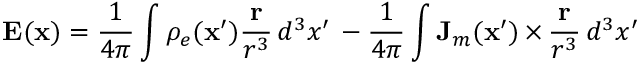
\mathbf { E } ( \mathbf { x } ) = \frac { 1 } { 4 \pi } \int \rho _ { e } ( \mathbf { x } ^ { \prime } ) \frac { \mathbf { r } } { r ^ { 3 } } \, d ^ { 3 } x ^ { \prime } \, - \frac { 1 } { 4 \pi } \int \mathbf { J } _ { m } ( \mathbf { x } ^ { \prime } ) \, { \bf \times } \, \frac { \mathbf { r } } { r ^ { 3 } } \, d ^ { 3 } x ^ { \prime }